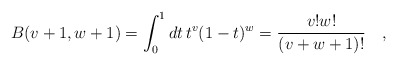
\begin{align*}B(v+1,w+1)=\int_0^1 dt \, t^v (1-t)^w = {v! w!\over (v+w+1)!}\quad,\end{align*}